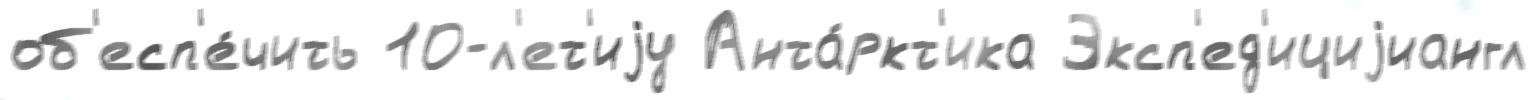
об'есп'е́чить 10-л'ет'иjу Анта́ркт'ика Эксп'ед'ициjиангл